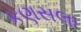
કણસલા